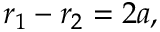
r _ { 1 } - r _ { 2 } = 2 a , \,